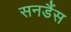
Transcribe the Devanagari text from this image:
सनडैंस